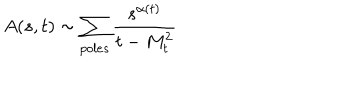
LaTeX: A ( s , t ) \sim \sum _ { p o l e s } \frac { s ^ { \alpha ( t ) } } { t - M _ { t } ^ { 2 } }